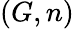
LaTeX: (G,n)